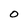
Character: O